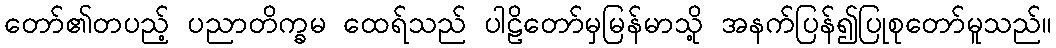
တော်၏တပည့် ပညာတိက္ခမ ထေရ်သည် ပါဠိတော်မှမြန်မာသို့ အနက်ပြန်၍ပြုစုတော်မူသည်။